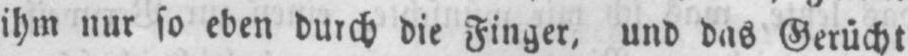
ihm nur so eben durch die Finger, und das Gerücht